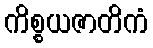
ကိစ္စယဇာတိကံ